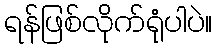
ရန်ဖြစ်လိုက်ရုံပါပဲ။